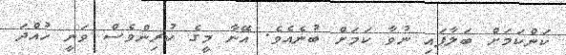
ކަންކަމަށް ބަލާފައި ނުވާ ކަމަށް ބުނެއެވެ. އޭނާ މީގެ ކުރިންވެސް ވަނީ ހުއްދަ